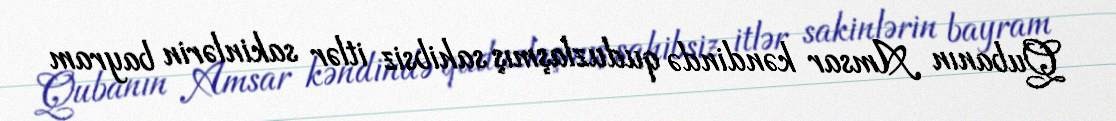
Qubanın Amsar kəndində quduzlaşmış sahibsiz itlər sakinlərin bayram